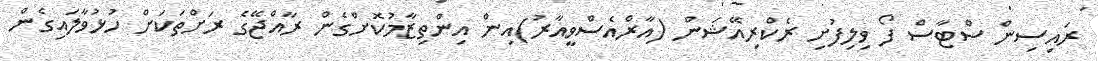
ރައިސިން ސްޓާސް ފޯ ވިލިފުށި ރެކްރިއޭޝަން (އާރްއެސްވީއާރު)އިން އިންތިޒާމުކޮށްގެން ރާއްޖޭގެ ރަށްތަކަށް ހުޅުވާލައިގެން